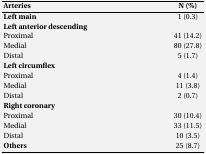
<table><thead><tr><td><b>Arteries</b></td><td><b>N (%)</b></td></tr></thead><tbody><tr><td><b>Left main</b></td><td>1 (0.3)</td></tr><tr><td><b>Left anterior descending</b></td><td></td></tr><tr><td>Proximal</td><td>41 (14.2)</td></tr><tr><td>Medial</td><td>80 (27.8)</td></tr><tr><td>Distal</td><td>5 (1.7)</td></tr><tr><td><b>Left circumflex</b></td><td></td></tr><tr><td>Proximal</td><td>4 (1.4)</td></tr><tr><td>Medial</td><td>11 (3.8)</td></tr><tr><td>Distal</td><td>2 (0.7)</td></tr><tr><td><b>Right coronary</b></td><td></td></tr><tr><td>Proximal</td><td>30 (10.4)</td></tr><tr><td>Medial</td><td>33 (11.5)</td></tr><tr><td>Distal</td><td>10 (3.5)</td></tr><tr><td><b>Others</b></td><td>25 (8.7)</td></tr></tbody></table>